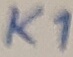
Text: K1